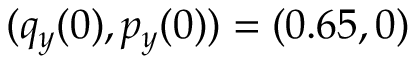
( q _ { y } ( 0 ) , p _ { y } ( 0 ) ) = ( 0 . 6 5 , 0 )